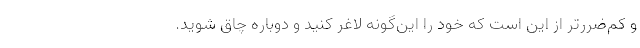
و کم‌ضررتر از این است که خود را این‌گونه لاغر کنید و دوباره چاق شوید.